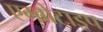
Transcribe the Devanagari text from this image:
एम्ब्रोटाइप